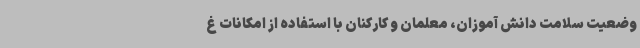
وضعیت سلامت دانش آموزان، معلمان و کارکنان با استفاده از امکانات غ